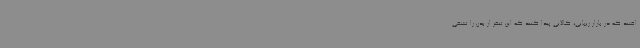
افتند که در بازار زیبایی، کالایی پیدا کنند که این تنفر از بدن را تشفی